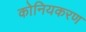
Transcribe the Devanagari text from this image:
कोनियकरण